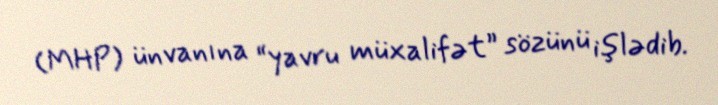
(MHP) ünvanına “yavru müxalifət” sözünü işlədib.